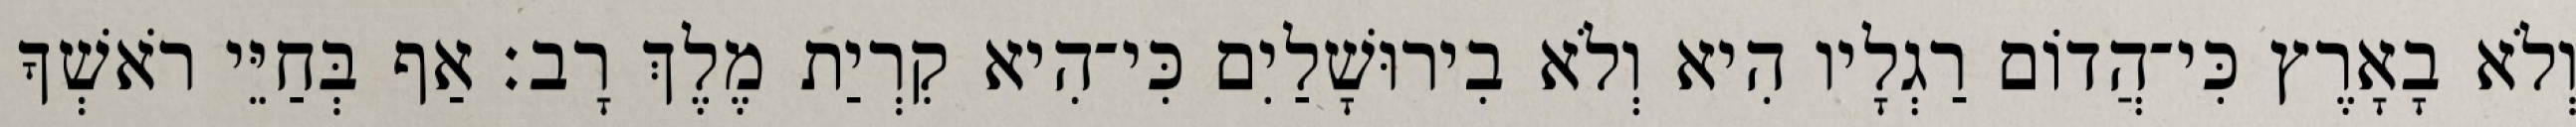
וְלֹא בָאָרֶץ כִּי־הֲדוֹם רַגְלָיו הִיא וְלֹא בִירוּשָׁלַיִם כִּי־הִיא קִרְיַת מֶלֶךְ רָב׃ אַף בְּחַיֵּי רֹאשְׁךָ